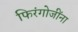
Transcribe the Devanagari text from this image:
फिरंगोजींना